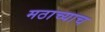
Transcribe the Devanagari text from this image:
मठाच्याच